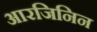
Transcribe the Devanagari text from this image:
आरजिनिन